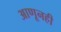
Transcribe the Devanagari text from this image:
आणूनही